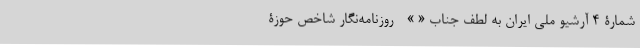
شمارۀ 4 آرشیو ملی ایران به لطف جناب « » - روزنامه‌نگار شاخص حوزۀ